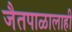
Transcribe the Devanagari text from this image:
जैतपाळालाही